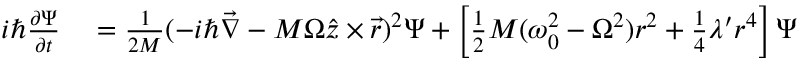
\begin{array} { r l } { i \hbar \frac { \partial \Psi } { \partial t } } & { { } = \frac { 1 } { 2 M } ( - i \hbar \vec { \nabla } - M \Omega \hat { z } \times \vec { r } ) ^ { 2 } \Psi + \left[ \frac { 1 } { 2 } M ( \omega _ { 0 } ^ { 2 } - \Omega ^ { 2 } ) r ^ { 2 } + \frac { 1 } { 4 } \lambda ^ { \prime } r ^ { 4 } \right] \Psi } \end{array}